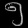
Digit: ၅